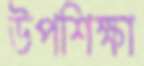
উপশিক্ষা